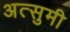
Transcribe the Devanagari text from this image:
अत्सुमी